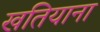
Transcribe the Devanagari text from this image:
खतियाना